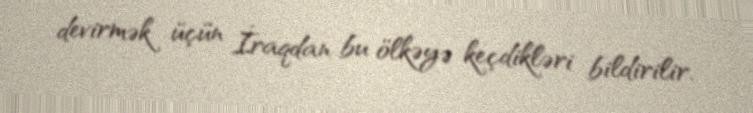
devirmək üçün İraqdan bu ölkəyə keçdikləri bildirilir.